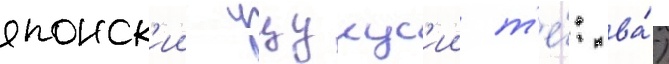
японск'ии уцукус'ии т'е́: ва́)